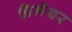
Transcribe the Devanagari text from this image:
प्रिमेयर